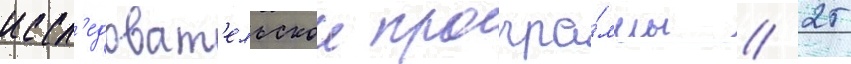
иссл'едоват'ельскои програ́ммы // 25